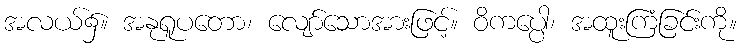
အလယ်၌။ အနုရူပတော၊ လျော်သောအားဖြင့်။ ဝိကပ္ပေါ၊ အထူးကြံခြင်းကို။